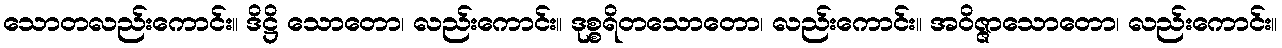
သောတလည်းကောင်း။ ဒိဋ္ဌိ သောတော၊ လည်းကောင်း။ ဒုစ္စရိတသောတော၊ လည်းကောင်း။ အဝိဇ္ဇာသောတော၊ လည်းကောင်း။